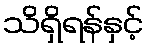
သိရှိရန်နှင့်